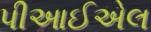
પીઆઈએલ